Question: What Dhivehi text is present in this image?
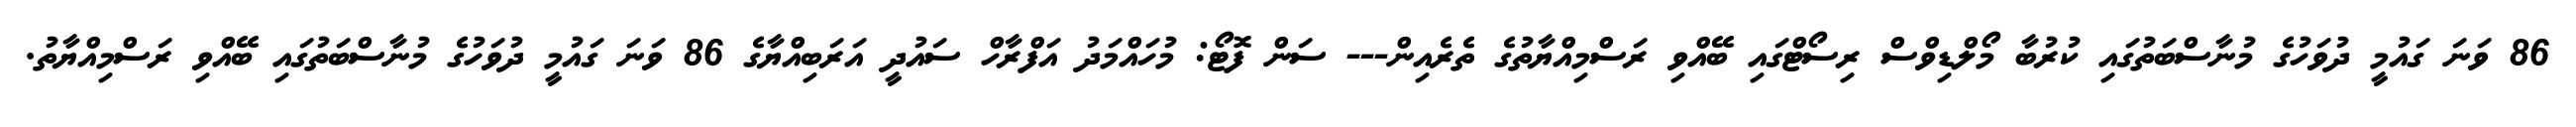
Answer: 86 ވަނަ ގައުމީ ދުވަހުގެ މުނާސްބަތުގައި ކުރުބާ މޯލްޑިވްސް ރިސޯޓްގައި ބޭއްވި ރަސްމިއްޔާތުގެ ތެރެއިން--- ސަން ފޮޓޯ: މުހައްމަދު އަފްރާހް ސައުދީ އަރަބިއްޔާގެ 86 ވަނަ ގައުމީ ދުވަހުގެ މުނާސްބަތުގައި ބޭއްވި ރަސްމިއްޔާތު.